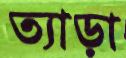
ত্যাড়া